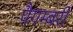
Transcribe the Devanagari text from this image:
पैगम्बरी